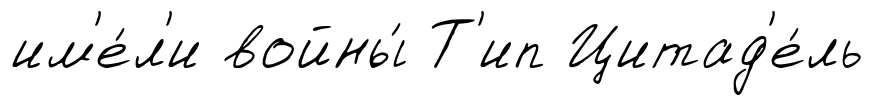
им'е́л'и войны́ Т'ип Цитад'е́ль